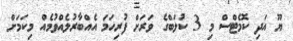
ޔޫ އަދި ކޮމެޓްސް މި 3 ކުލަބްގެ ވަރަށް ފުރިހަމަ އެއްބާރުލެއްވުމެއް މިކަމަށް